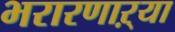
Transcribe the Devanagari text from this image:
भरारणाऱ्या